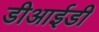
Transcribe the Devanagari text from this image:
डीआईडी